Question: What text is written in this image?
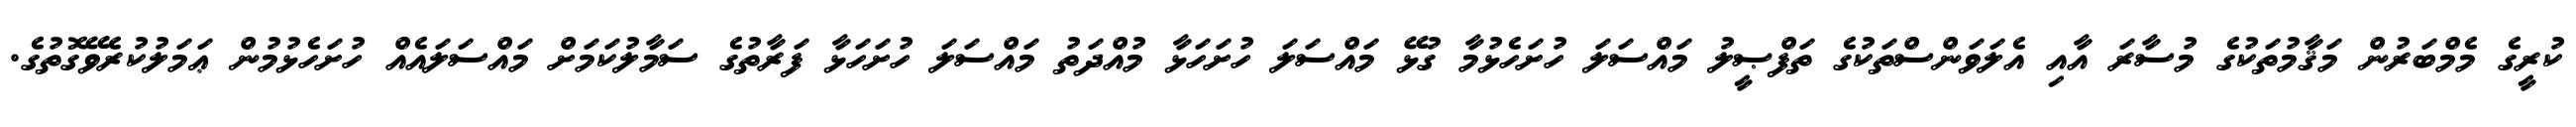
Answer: ކުރީގެ މެމްބަރުން މަޤާމުތަކުގެ މުސާރަ އާއި އެލަވަންސްތަކުގެ ތަފްޞީލު މައްސަލަ ހުށަހެޅުމާ ގުޅޭ މައްސަލަ ހުށަހަޅާ މުއްދަތު މައްސަލަ ހުށަހަޅާ ފަރާތުގެ ސަމާލުކަމަށް މައްސަލައެއް ހުށަހެޅުމުން ޢަމަލުކުރެވޭގޮތުގެ.